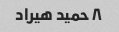
۸ حمید هیراد